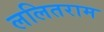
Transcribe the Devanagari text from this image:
ललितराम